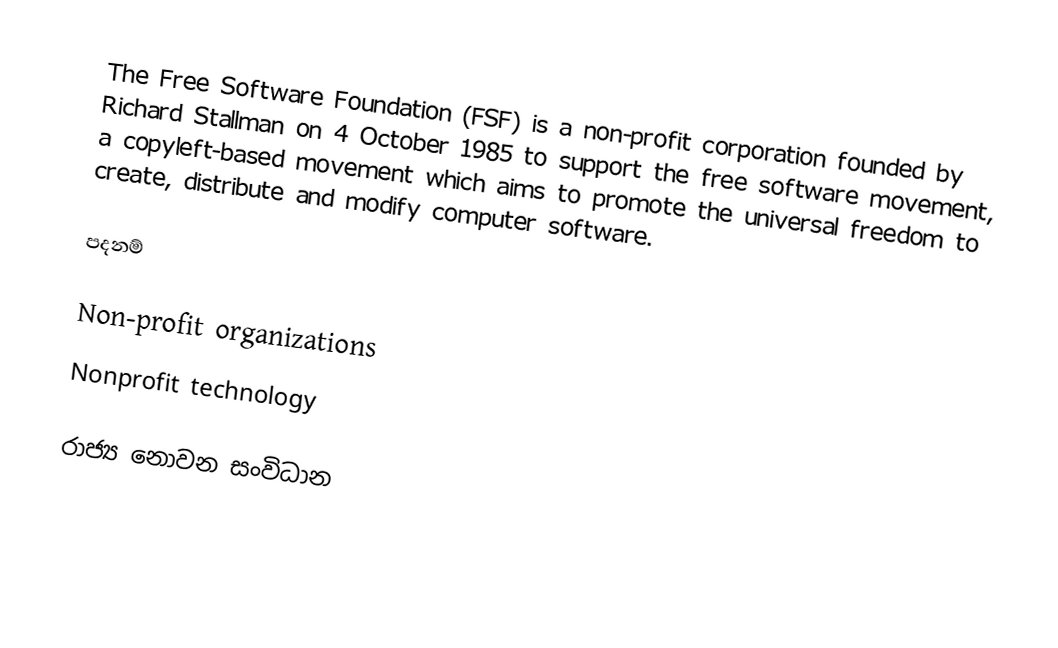
The Free Software Foundation (FSF) is a non-profit corporation founded by Richard Stallman on 4 October 1985 to support the free software movement, a copyleft-based movement which aims to promote the universal freedom to create, distribute and modify computer software.

පදනම්

Non-profit organizations
Nonprofit technology

රාජ්‍ය නොවන සංවිධාන